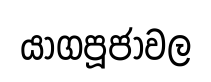
යාගපූජාවල